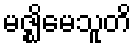
မဇ္ဈိမေသူတိ